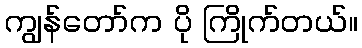
ကျွန်တော်က ပို ကြိုက်တယ်။